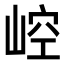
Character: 崆